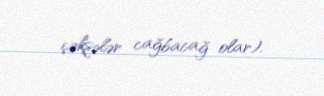
çəksələr cağbacağ olar).